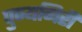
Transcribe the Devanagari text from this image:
पुण्यगिरी